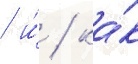
/ и́ / ка́к